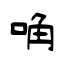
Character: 唃